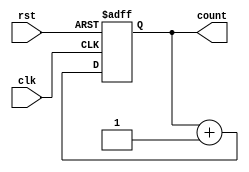
module counter (
    input clk,
    input rst,
    output reg [7:0] count
);

parameter COUNTER_SIZE = 8;

always @ (posedge clk or posedge rst)
begin
    if (rst)
        count <= 8'b0;
    else
        count <= count + 1;
end

endmodule